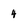
Character: 4